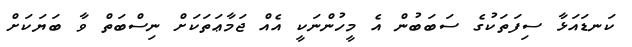
ކަނޑައަޅާ ސިފަތަކުގެ ސަބަބުން އެ މީހުންނަކީ އެއް ޖަމާޢަތަކަށް ނިސްބަތް ވާ ބަޔަކަށް